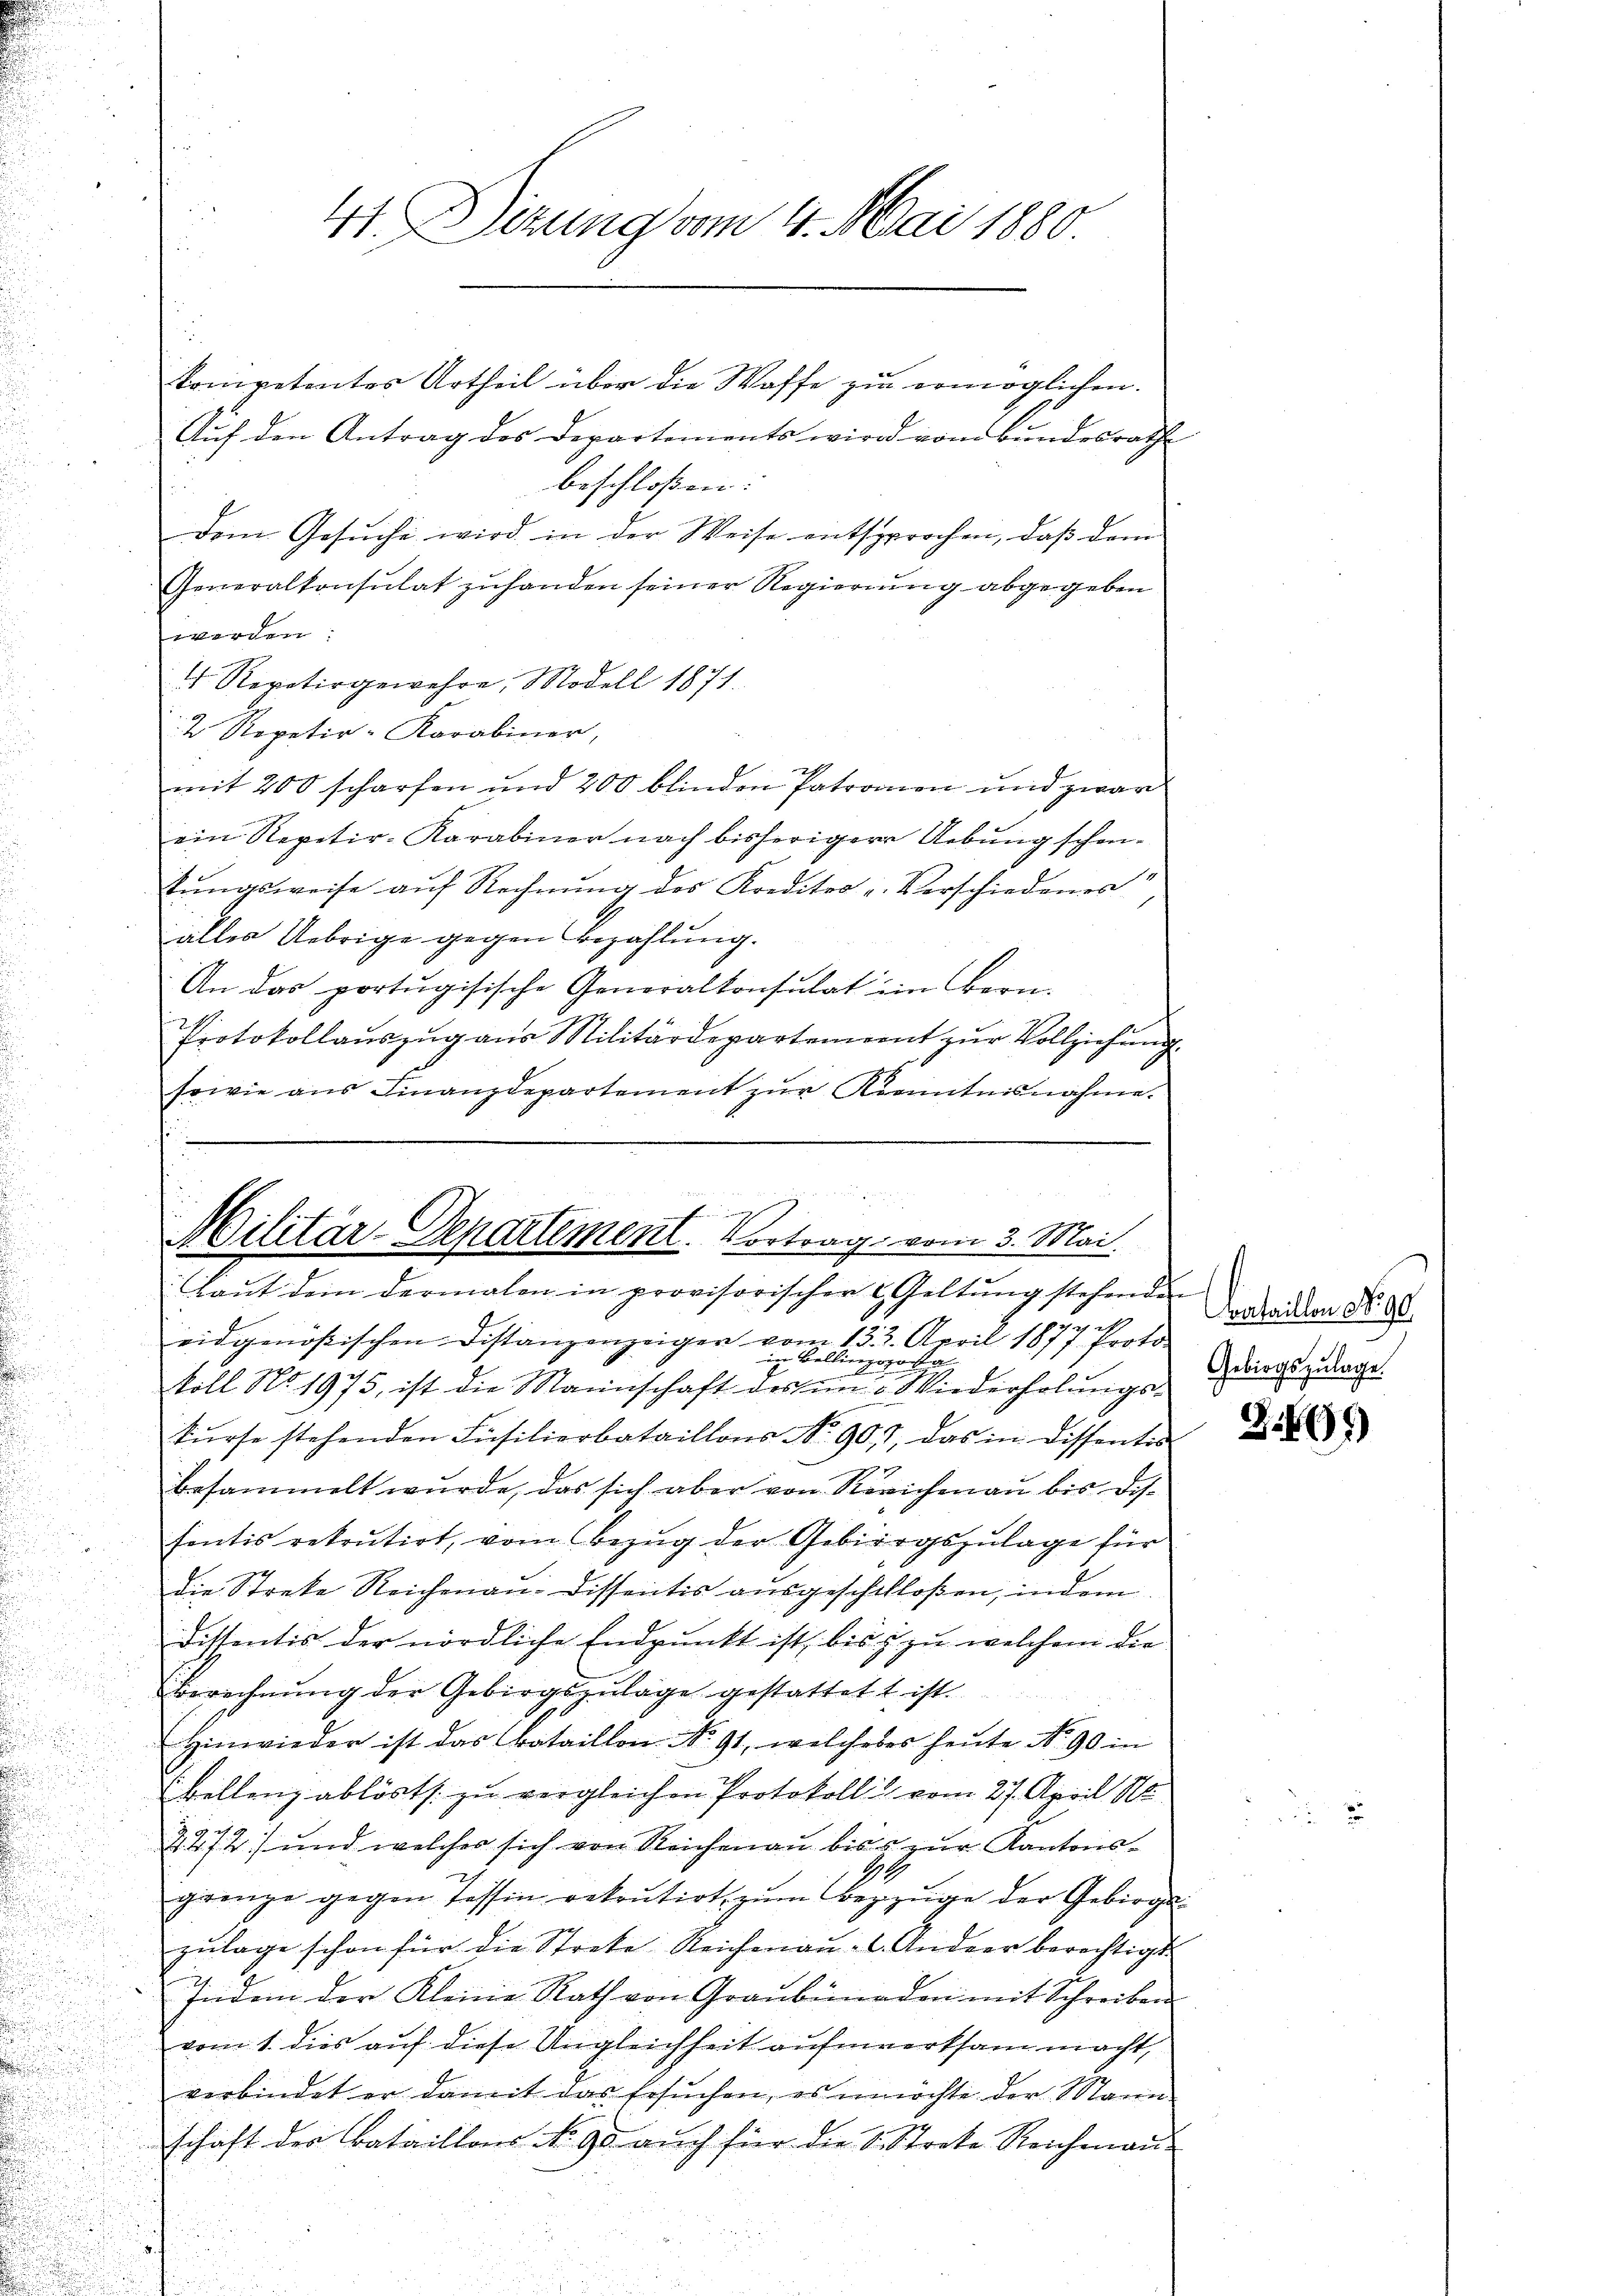
41. Dezung vom 4. Mai 1880

Auf den Antrag des Departements wird vom Bundesrath
beschloßen:
dem Gesuche wird in der Weise entsprochen, daß dem
Generalkonsulat zuhanden seiner Regierung abgegeben
werden:
 Repetir gewehre, Modell 1871
2 Repetir-Karabiner,
mit 200 scharfen und 200 blinden Patronen und zwar
ein Repetir-Karabiner nach bisheriger Uebung schen-
stŭngsweise aŭf Rechnŭng des Krediter u. Verschiedenes
aller Uebrige gegen Bezahlung.
An das portugisische Generalkonsulat im Bern.
Protokollauszug aus Militärdepartement zur Vollziehung.
sowie ans Finanzdepartement zŭr Kenntnisnahme.

kompetentes Urtheil über die Waffe zu ermöglichen.

f
Militär-Departement. Vortrag vom 3. Mai.

Laut dem dermalen in provisorischer Geltung stehenden
eidgenößischen Distanzenzeigen vom 133. April 1877 Proto-
in Bellingsporta
koll No. 1975, ist die Mannschaft des im Wiederholungs-
kŭrse stehenden Füsilierbataillons No 901, das in Dissentis
besammelt wurde, das sich aber von Reichenau bis Dissentis rekrutirt, vom Bezug der Gebirgszulage für
die Streke Reichmann-Dissentis ausgeschchloßen, indem
Dissentis der nördliche Endpunkt ist, bis zu welchem die
Berechnung der Gebirgszulage gestattet ist
Hinwieder ist das Bataillon No 91, welcheses heute No. 90 in
bellenz ablöst s. zu vergleichen Protokoll vom 27. April N
2272) und welcher sich von Reichenau bis & zur Kantonsgrenze gegen Tessin rekrutirt, zum Bezzüge der Gebirgs-
zŭlage schon für die Streke Reichenaŭ l. Andrer berechtigt.
Indem der Kleine Rath von Graubünden mit Schreiben
vom 1. dies auf diese Ungleichheit aufmerksam macht,
verbindet er damit das Gesuchen, es möchte der Mann
schaft der Bataillons No 90 auch für die S. Streke Reichman

Acataillon No 90.
Gebirgszulage.

S.499